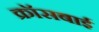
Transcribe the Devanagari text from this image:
क्रॉसबाई